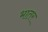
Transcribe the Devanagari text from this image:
भातर